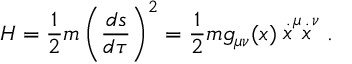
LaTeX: H = \frac { 1 } { 2 } m \left( \frac { d s } { d \tau } \right) ^ { 2 } = \frac { 1 } { 2 } m g _ { \mu \nu } ( x ) \stackrel { . } { x } ^ { \mu } \stackrel { . } { x } ^ { \nu } .